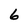
Character: 6